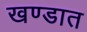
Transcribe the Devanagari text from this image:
खण्डात